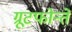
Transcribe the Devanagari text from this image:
ग्रूटफोन्तें